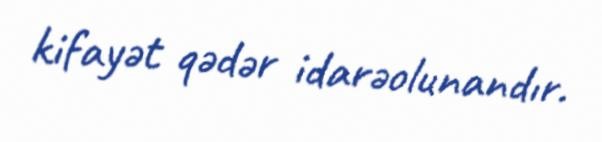
kifayət qədər idarəolunandır.